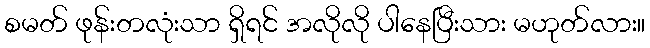
စမတ် ဖုန်းတလုံးသာ ရှိရင် အလိုလို ပါနေပြီးသား မဟုတ်လား။